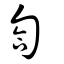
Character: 匌